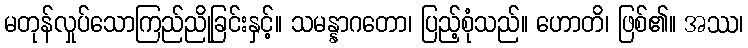
မတုန်လှုပ်သောကြည်ညိုခြင်းနှင့်။ သမန္နာဂတော၊ ပြည့်စုံသည်။ ဟောတိ၊ ဖြစ်၏။ အဿ၊